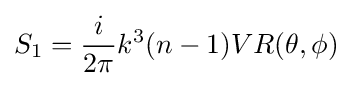
S_{1}={\frac {i}{2\pi }}k^{3}(n-1)VR(\theta ,\phi )